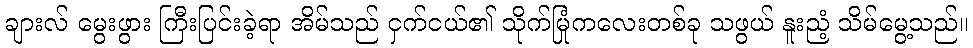
ချားလ် မွေးဖွား ကြီးပြင်းခဲ့ရာ အိမ်သည် ငှက်ငယ်၏ သိုက်မြုံကလေးတစ်ခု သဖွယ် နူးညံ့ သိမ်မွေ့သည်။